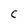
Character: C